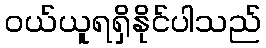
ဝယ်ယူရရှိနိုင်ပါသည်